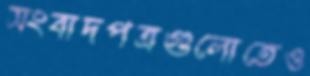
সংবাদপত্রগুলোতেও